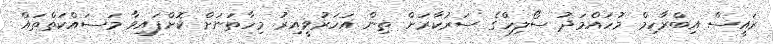
ރައީސް އިބްރާހިމް މުހައްމަދު ސޯލިހްގެ ސަރުކާރަށް ތިން އަހަރުވީއިރު މިހާތަނަށް ކޮށްފައިވާ މަސައްކަތްތައް